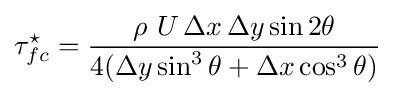
{\tau _{fc}^{\star }={\frac {\rho \ U\,\Delta x\,\Delta y\sin 2\theta }{4(\Delta y\sin ^{3}\theta +\Delta x\cos ^{3}\theta )}}}